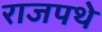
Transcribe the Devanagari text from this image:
राजपथे